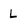
Character: L